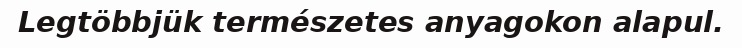
Legtöbbjük természetes anyagokon alapul.